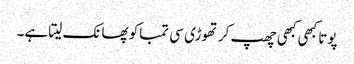
پوتا کبھی کبھی چھپ کر تھوڑی سی تمباکو پھانک لیتا ہے۔